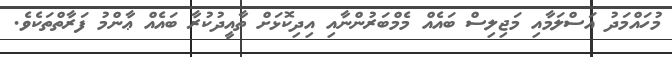
މުހައްމަދު އަސްލަމާއި މަޖިލިސް ބައެއް މެމްބަރުންނާއި އިދިކޮޅަށް ތާއީދުކުރާ ބައެއް ޢާންމު ފަރާތްތަކެވެ.